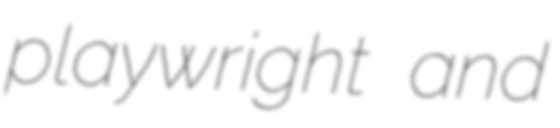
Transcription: playwright and